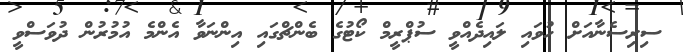
ސިރިސެނާއަށް ހުވައި ލައިދެއްވީ ސުޕްރީމް ކޯޓުގެ ބެންޗްގައި އިންނަވާ އެންމެ އުމުރުން ދުވަސްވީ